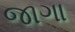
જાગા